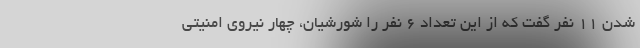
شدن ۱۱ نفر گفت که از این تعداد ۶ نفر را شورشیان، چهار نیروی امنیتی